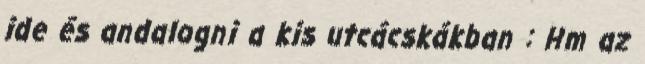
ide és andalogni a kis utcácskákban : Hm az